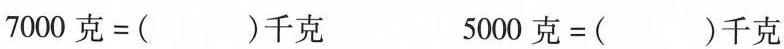
$$7 0 0 0 克 = ( ) 千 克$$ $$5 0 0 0 克 = ( ) 千 克$$